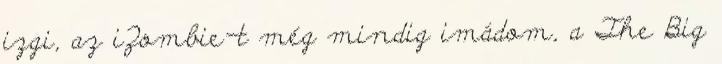
izgi, az iZombie-t még mindig imádom, a The Big